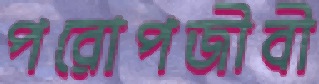
পরোপজীবী